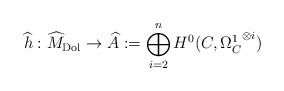
\begin{align*}\widehat{h}: \widehat{M}_{\mathrm{Dol}} \to \widehat{A}: = \bigoplus_{i=2}^n H^0(C, {\Omega_C^1}^{\otimes i})\end{align*}